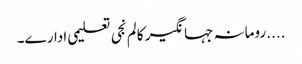
....رومانہ جہانگیر کالم	نجی تعلیمی ادارے۔